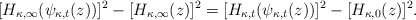
\begin{align*}[H_{\kappa,\infty}(\psi_{\kappa,t}(z))]^2 - [H_{\kappa,\infty}(z)]^2 = [H_{\kappa, t}(\psi_{\kappa, t}(z))]^2 - [H_{\kappa,0}(z)]^2.\end{align*}